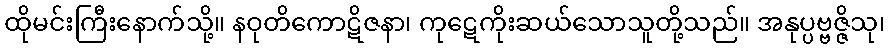
ထိုမင်းကြီးနောက်သို့။ နဝုတိကောဋိဇနာ၊ ကုဋေကိုးဆယ်သောသူတို့သည်။ အနုပ္ပဗ္ဗဇ္ဇိသု၊